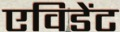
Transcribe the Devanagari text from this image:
एविडेंट